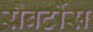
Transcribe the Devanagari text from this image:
रौबर्टोस